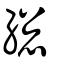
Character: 緫